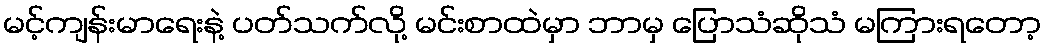
မင့်ကျန်းမာရေးနဲ့ ပတ်သက်လို့ မင်းစာထဲမှာ ဘာမှ ပြောသံဆိုသံ မကြားရတော့